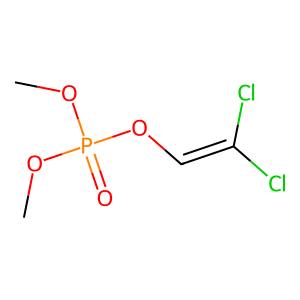
SMILES: COP(=O)(OC)OC=C(Cl)Cl
Inhibits HIV replication: No